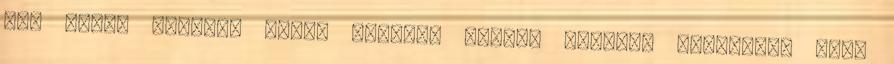
fel főni, amennyi éppen ellepi. Puhára főzzük, főzőlevét csak